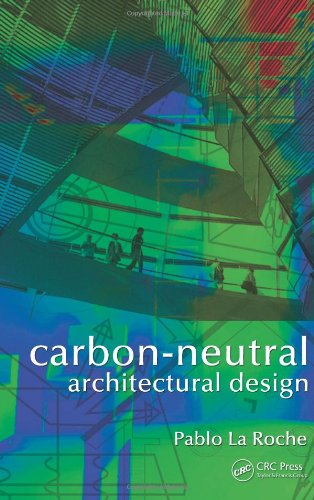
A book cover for Carbon-Neutral Architectural Design; Pablo M. La Roche; Crafts, Hobbies & Home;